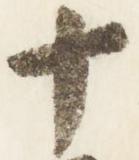
十